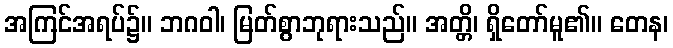
အကြင်အရပ်၌။ ဘဂဝါ၊ မြတ်စွာဘုရားသည်။ အတ္တိ၊ ရှိတော်မူ၏။ တေန၊